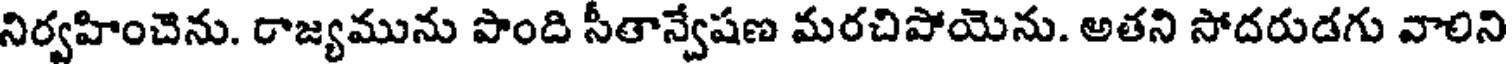
నిర్వహించెను. రాజ్యమును పొంది సీతాన్వేషణ మరచిపోయెను. అతని సోదరుడగు వాలిని